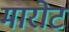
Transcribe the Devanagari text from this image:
मारोट